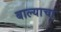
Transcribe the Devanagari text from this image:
बाल्याचा